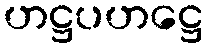
ဟဋ္ဌပဟဋ္ဌေ